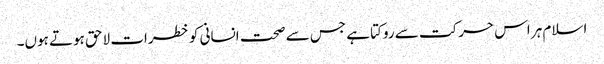
اسلام ہر اس حرکت سے روکتا ہے جس سے صحت انسانی کو خطرات لاحق ہوتے ہوں۔